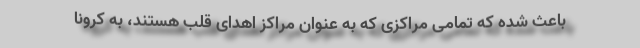
باعث شده که تمامی مراکزی که به عنوان مراکز اهدای قلب هستند، به کرونا